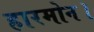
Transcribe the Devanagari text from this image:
हारमोन।